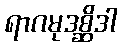
ရာဂမုဒစ္ဆိဒါ